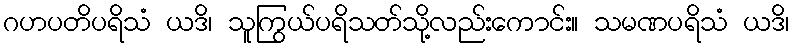
ဂဟပတိပရိသံ ယဒိ၊ သူကြွယ်ပရိသတ်သို့လည်းကောင်း။ သမဏပရိသံ ယဒိ၊